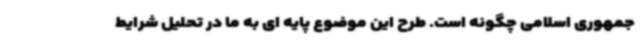
جمهوری اسلامی چگونه است. طرح این موضوع پایه ای به ما در تحلیل شرایط